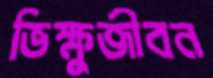
ভিক্ষুজীবন